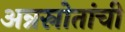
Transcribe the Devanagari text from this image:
अन्नस्रोतांची